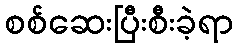
စစ်ဆေးပြီးစီးခဲ့ရာ